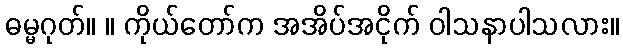
ဓမ္မဂုတ်။ ။ ကိုယ်တော်က အအိပ်အငိုက် ဝါသနာပါသလား။